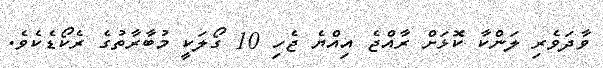
ވާދަވެރި ލަންކާ ކޮޅަށް ރާއްޖެ އިއްޔެ ޖެހި 10 ގޯލަކީ މުބާރާތުގެ ރެކޯޑެކެވެ.